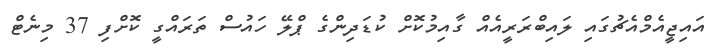
އައިޖީއެމްއެޗުގައި ލައިބްރަރީއެއް ގާއިމުކޮށް ކުޑަދިންގެ ޕްލޭ ހައުސް ތަރައްގީ ކޮށްފި 37 މިނެޓް